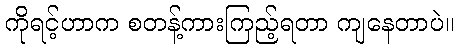
ကိုရင့်ဟာက စတန့်ကားကြည့်ရတာ ကျနေတာပဲ။